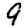
Digit: 9